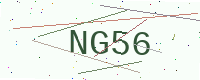
Text: NG56